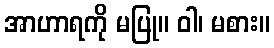
အာဟာရကို မပြု။ ဝါ၊ မစား။